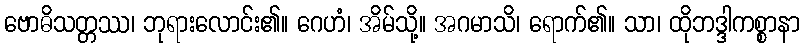
ဗောဓိသတ္တဿ၊ ဘုရားလောင်း၏။ ဂေဟံ၊ အိမ်သို့။ အဂမာသိ၊ ရောက်၏။ သာ၊ ထိုဘဒ္ဒါကစ္စာနာ